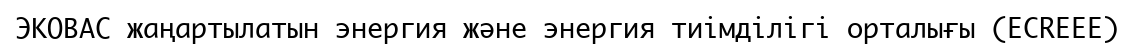
ЭКОВАС жаңартылатын энергия және энергия тиімділігі орталығы (ECREEE)